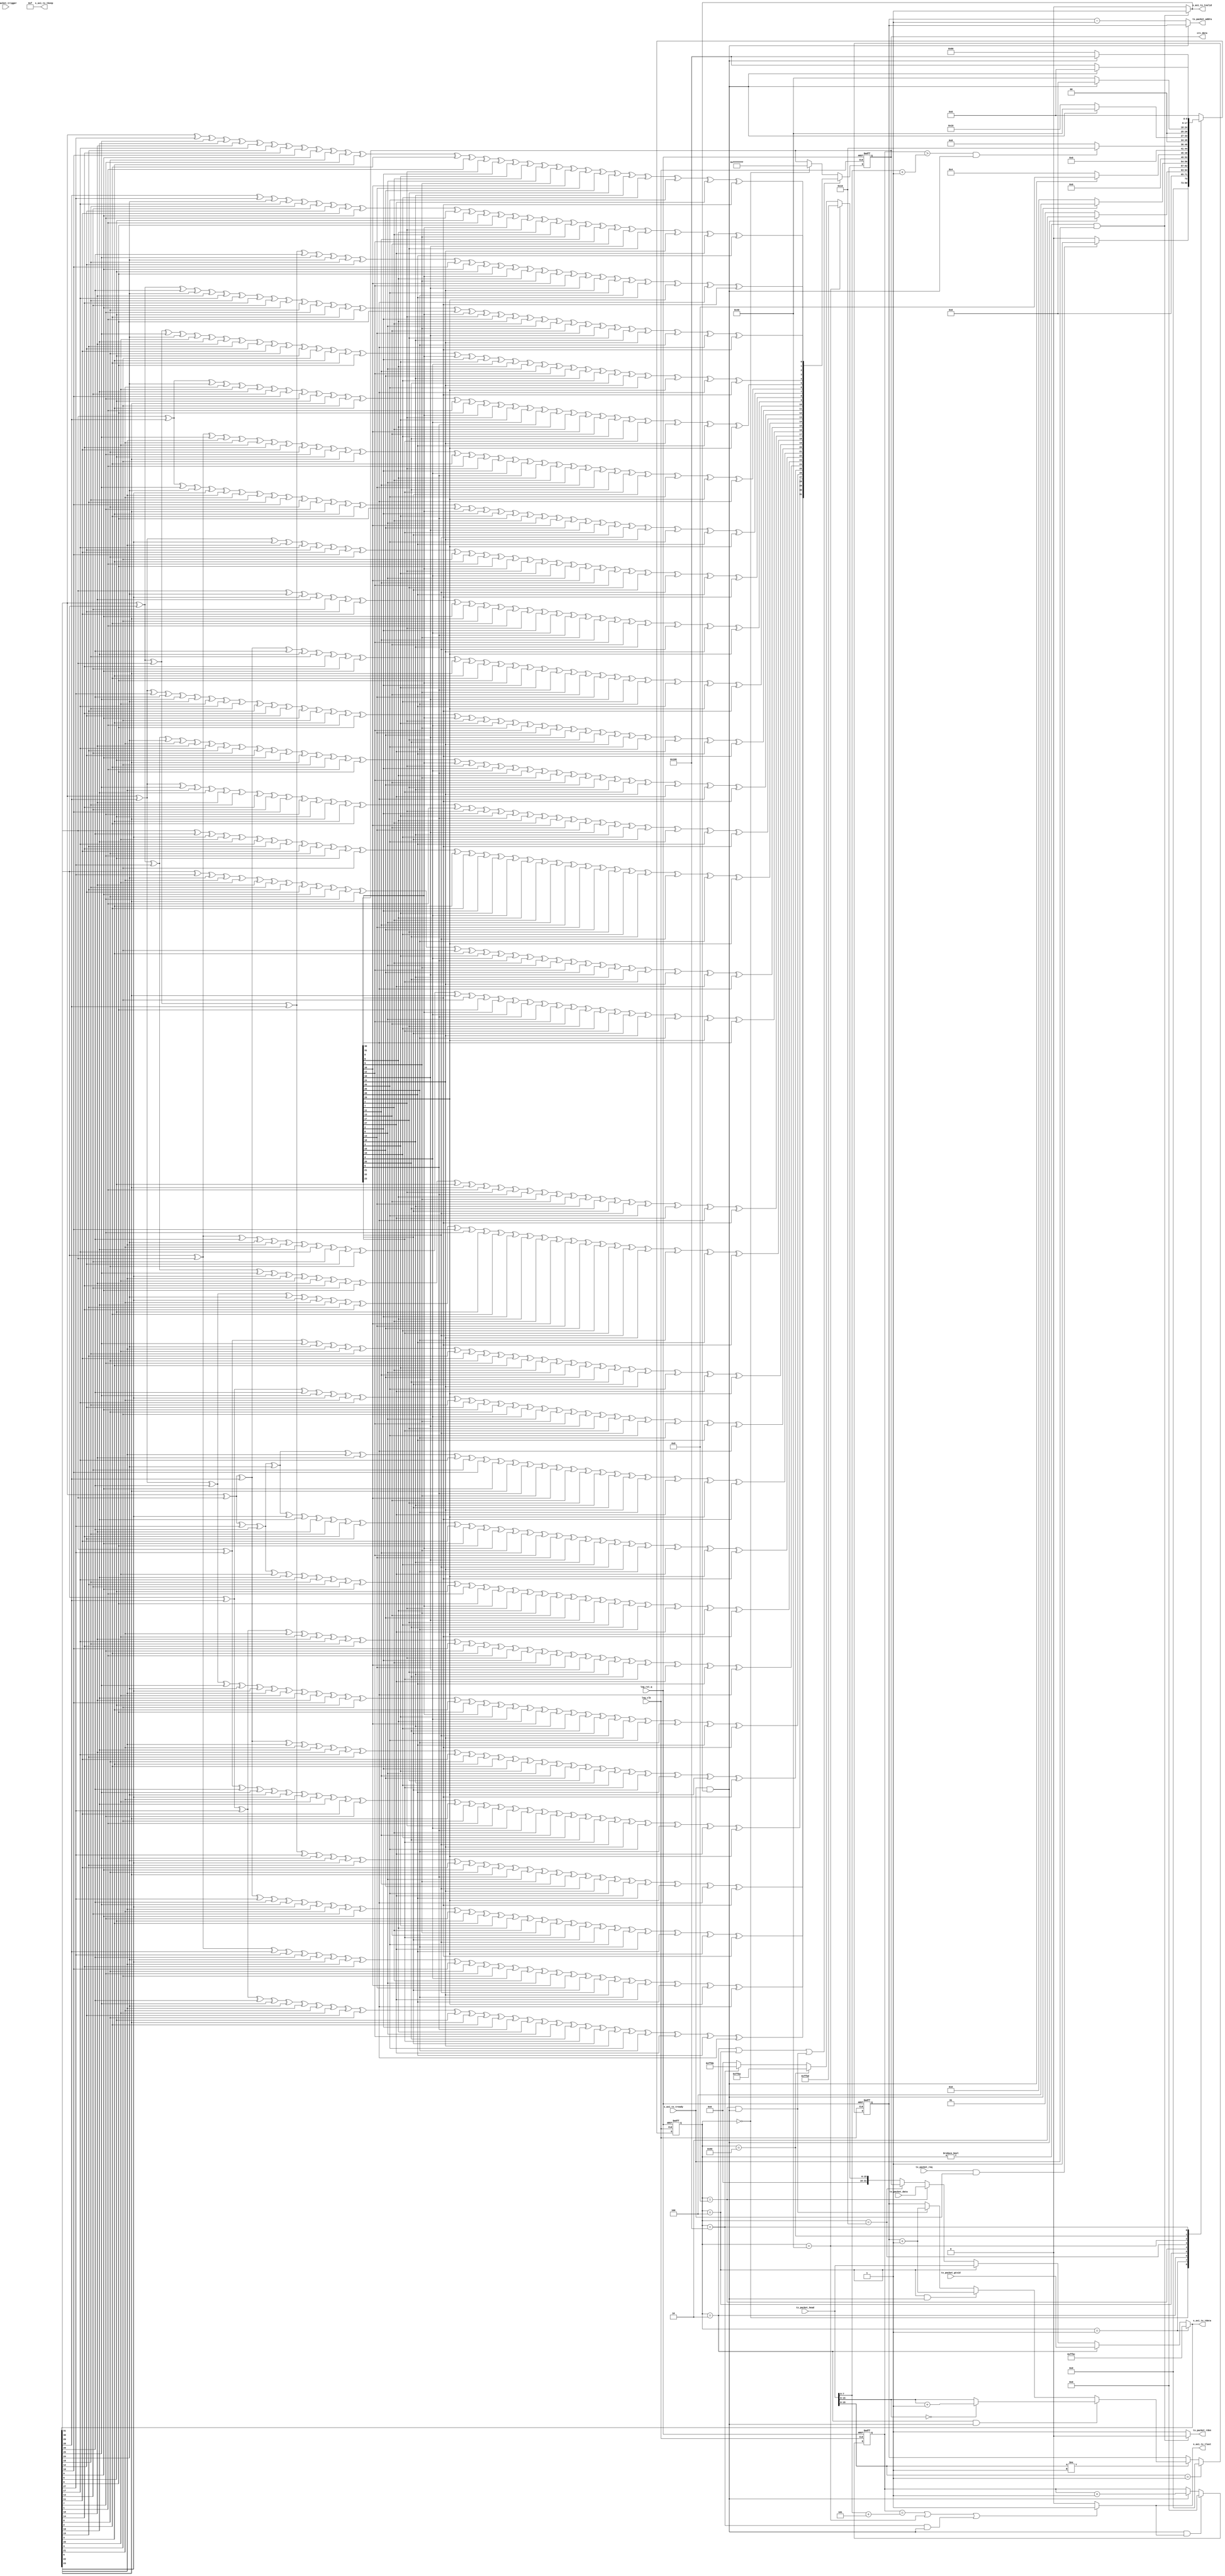
`timescale 1ns / 1ps
//////////////////////////////////////////////////////////////////////////////////
// Company: yg_st
// 
// Design Name: 
// Module Name: gtp_tx
// Project Name: 
// Target Devices: zynq_7030
// Tool Versions: v1.00
// Description: 
// 
// Dependencies: 
// 
// Revision:
// Revision 0.01 - File Created
// Additional Comments:
// 
//////////////////////////////////////////////////////////////////////////////////
module gtp_tx(
	(*keep = "true"*) input 	wire 			    log_rst_q 			,
	(*keep = "true"*) input	wire			      log_clk 			,		
	
	(*keep = "true"*) output 	reg [31:0]  	s_axi_tx_tdata		,
	(*keep = "true"*) output 	wire[3:0]   	s_axi_tx_tkeep		,
	(*keep = "true"*) output 	wire 			    s_axi_tx_tlast		,
	(*keep = "true"*) output 	wire 			    s_axi_tx_tvalid		,
	(*keep = "true"*) input 	wire 			    s_axi_tx_tready		,
	
	(*keep = "true"*) input   wire[31:0]     tx_packet_gtxid     ,
  (*keep = "true"*) input   wire[31:0]	   tx_packet_head      ,
	(*keep = "true"*) input   wire           tx_packet_req       ,
	(*keep = "true"*) input   wire           tx_packet_trigger   ,
	(*keep = "true"*) output  reg[31:0]      crc_data            ,

  (*keep = "true"*) output  wire[7:0]      tx_packet_addra     ,
  (*keep = "true"*) input   wire[31:0]     tx_packet_data      ,
  (*keep = "true"*) output  wire           tx_packet_rden      
);

//==========================================
//parameter defien
//==========================================
 assign s_axi_tx_tkeep = 4'hf;
 
 localparam IDLE             = 9'b000000000;
 localparam TX_HEAD          = 9'b000000001;
 localparam TX_GTXID         = 9'b000000010;
 localparam TX_LENGTH        = 9'b000000100;
 localparam TX_DATA          = 9'b000001000;
 //localparam  TX_CHECK_H      = 9'b000010000;
 //localparam  TX_CHECK_L      = 9'b000100000; 
 localparam  TX_CHECK        = 9'b000010000;
 localparam  TX_END          = 9'b001000000;
 localparam  TX_TRIGGER      = 9'b010000000;
 localparam  TX_TRIGGER_END  = 9'b100000000;
 
 reg[8:0] current_state;
 reg[8:0] next_state;

 wire ireq_advance_condition  = s_axi_tx_tready && s_axi_tx_tvalid;
 
 reg   [5:0] current_beat_cnt;
 
always @(posedge log_clk or posedge log_rst_q) begin
   if(log_rst_q) current_state <= IDLE;
   else current_state <= next_state;
end

always @(*)begin
  //next_state = IDLE;
  case(current_state)
     IDLE: 
       if(tx_packet_req && s_axi_tx_tready) next_state = TX_HEAD;
       //else if(tx_packet_trigger && s_axi_tx_tready) next_state =  TX_TRIGGER;
       else next_state = IDLE;
     TX_HEAD: 
       if(ireq_advance_condition) next_state = TX_GTXID;
       else next_state = TX_HEAD;
     TX_GTXID:  
       if(ireq_advance_condition) next_state = TX_LENGTH;
       else next_state = TX_GTXID;
     TX_LENGTH: 
       if(ireq_advance_condition) next_state = TX_DATA;
       else next_state = TX_LENGTH;
     TX_DATA: 
       if((current_beat_cnt > tx_packet_head[7:0]+1'b1)&&ireq_advance_condition) next_state = TX_CHECK;
       else next_state = TX_DATA;
     TX_CHECK: 
       if(ireq_advance_condition) next_state = TX_END;
       else next_state = TX_CHECK;
     /*TX_CHECK_L: 
       if(ireq_advance_condition) next_state = TX_END;
       else next_state = TX_CHECK_L;*/
     TX_END: 
       if(ireq_advance_condition) next_state = IDLE;
       else next_state = TX_END;
     TX_TRIGGER:
       if(ireq_advance_condition)  next_state = TX_TRIGGER_END;  
       else next_state = TX_TRIGGER;
     TX_TRIGGER_END:
       if(ireq_advance_condition) next_state = IDLE;
       else next_state = TX_TRIGGER_END;
     default: 
       next_state = IDLE;
  endcase
end

assign s_axi_tx_tvalid = ((current_state != IDLE)&& s_axi_tx_tready)?1'b1:1'b0;

assign tx_packet_rden = ((current_state != IDLE)&& s_axi_tx_tready)?1'b0:1'b1;

wire[5:0] tx_byte_cnt;

always @(posedge log_clk or posedge log_rst_q) begin
  if (log_rst_q) begin
    current_beat_cnt <= 6'h0;
  end else if (ireq_advance_condition && s_axi_tx_tlast) begin
    current_beat_cnt <= 6'h0;
  end else if (ireq_advance_condition) begin
    current_beat_cnt <= current_beat_cnt + 1'b1;
  end
end

assign tx_byte_cnt = (ireq_advance_condition)?(current_beat_cnt + 1'b1):current_beat_cnt;
  
assign  s_axi_tx_tlast = ((current_beat_cnt == (tx_packet_head[7:0]+3'd5))||(current_state == TX_END)||(current_state == TX_TRIGGER_END)&& ireq_advance_condition)?1'b1:1'b0;
    
    
always @(*) begin
   s_axi_tx_tdata = 16'h0000;
   if (current_state == TX_HEAD) begin
     s_axi_tx_tdata  = 16'hffbc;
   end else if(current_state == TX_GTXID) begin
     s_axi_tx_tdata  = tx_packet_gtxid;
   end else if(current_state == TX_LENGTH) begin
   	 s_axi_tx_tdata  = tx_packet_head;   	 
   end else if(current_state == TX_DATA) begin
   	 s_axi_tx_tdata  = tx_packet_data;    	 
   end else if(current_state == TX_CHECK) begin
   	 s_axi_tx_tdata  = crc_data;
   //end else if(current_state == TX_CHECK_L) begin
   //  s_axi_tx_tdata  <= crc_data[15:0];   	 
   end else if(current_state == TX_END) begin
   	 s_axi_tx_tdata  = 16'hffbd;
   end else if(current_state == TX_TRIGGER)	begin
     s_axi_tx_tdata  = 16'hffba;
   end else if(current_state == TX_TRIGGER_END)	begin
     s_axi_tx_tdata  = 16'hffbb;
   end  
end   

reg[7:0] tx_addr_temp;

always @(posedge log_clk or posedge log_rst_q) begin
  if(log_rst_q) begin
    tx_addr_temp <= 8'd0;
  end else if(tx_packet_head[15:0]==1) begin
    tx_addr_temp <= 8'd0;
  end else if(tx_packet_head[15:0]!=1) begin
    if((current_state == TX_GTXID)&&ireq_advance_condition)begin
       if(tx_packet_head[15:8]==0)tx_addr_temp <= tx_packet_head[15:8]+1'b1;
       else tx_addr_temp <= tx_packet_head[15:8];
    end   
    else if((current_state == TX_LENGTH)&&ireq_advance_condition) tx_addr_temp <= tx_addr_temp+1'b1;
    else if((current_state == TX_DATA)&&ireq_advance_condition) tx_addr_temp <= tx_addr_temp+1'b1;
  end
end


assign tx_packet_addra = (ireq_advance_condition)?tx_addr_temp:(tx_addr_temp-1'b1);


always @(posedge log_clk or posedge log_rst_q) begin
  if(log_rst_q)begin
    crc_data <= 32'hffffffff;
  end else begin
    if((current_state == TX_GTXID)||(current_state == TX_LENGTH)||(current_state == TX_DATA)&&ireq_advance_condition) crc_data <= nextCRC32_D32(s_axi_tx_tdata,crc_data);
    else if(current_state == IDLE) crc_data <= 32'hffffffff;
    else crc_data <= crc_data;
  end  
end  
    

 function [31:0] nextCRC32_D32;

    input [31:0] Data;
    input [31:0] crc;
    reg [31:0] d;
    reg [31:0] c;
    reg [31:0] newcrc;
  begin
    d = Data;
    c = crc;

    newcrc[0] = d[31] ^ d[30] ^ d[29] ^ d[28] ^ d[26] ^ d[25] ^ d[24] ^ d[16] ^ d[12] ^ d[10] ^ d[9] ^ d[6] ^ d[0] ^ c[0] ^ c[6] ^ c[9] ^ c[10] ^ c[12] ^ c[16] ^ c[24] ^ c[25] ^ c[26] ^ c[28] ^ c[29] ^ c[30] ^ c[31];
    newcrc[1] = d[28] ^ d[27] ^ d[24] ^ d[17] ^ d[16] ^ d[13] ^ d[12] ^ d[11] ^ d[9] ^ d[7] ^ d[6] ^ d[1] ^ d[0] ^ c[0] ^ c[1] ^ c[6] ^ c[7] ^ c[9] ^ c[11] ^ c[12] ^ c[13] ^ c[16] ^ c[17] ^ c[24] ^ c[27] ^ c[28];
    newcrc[2] = d[31] ^ d[30] ^ d[26] ^ d[24] ^ d[18] ^ d[17] ^ d[16] ^ d[14] ^ d[13] ^ d[9] ^ d[8] ^ d[7] ^ d[6] ^ d[2] ^ d[1] ^ d[0] ^ c[0] ^ c[1] ^ c[2] ^ c[6] ^ c[7] ^ c[8] ^ c[9] ^ c[13] ^ c[14] ^ c[16] ^ c[17] ^ c[18] ^ c[24] ^ c[26] ^ c[30] ^ c[31];
    newcrc[3] = d[31] ^ d[27] ^ d[25] ^ d[19] ^ d[18] ^ d[17] ^ d[15] ^ d[14] ^ d[10] ^ d[9] ^ d[8] ^ d[7] ^ d[3] ^ d[2] ^ d[1] ^ c[1] ^ c[2] ^ c[3] ^ c[7] ^ c[8] ^ c[9] ^ c[10] ^ c[14] ^ c[15] ^ c[17] ^ c[18] ^ c[19] ^ c[25] ^ c[27] ^ c[31];
    newcrc[4] = d[31] ^ d[30] ^ d[29] ^ d[25] ^ d[24] ^ d[20] ^ d[19] ^ d[18] ^ d[15] ^ d[12] ^ d[11] ^ d[8] ^ d[6] ^ d[4] ^ d[3] ^ d[2] ^ d[0] ^ c[0] ^ c[2] ^ c[3] ^ c[4] ^ c[6] ^ c[8] ^ c[11] ^ c[12] ^ c[15] ^ c[18] ^ c[19] ^ c[20] ^ c[24] ^ c[25] ^ c[29] ^ c[30] ^ c[31];
    newcrc[5] = d[29] ^ d[28] ^ d[24] ^ d[21] ^ d[20] ^ d[19] ^ d[13] ^ d[10] ^ d[7] ^ d[6] ^ d[5] ^ d[4] ^ d[3] ^ d[1] ^ d[0] ^ c[0] ^ c[1] ^ c[3] ^ c[4] ^ c[5] ^ c[6] ^ c[7] ^ c[10] ^ c[13] ^ c[19] ^ c[20] ^ c[21] ^ c[24] ^ c[28] ^ c[29];
    newcrc[6] = d[30] ^ d[29] ^ d[25] ^ d[22] ^ d[21] ^ d[20] ^ d[14] ^ d[11] ^ d[8] ^ d[7] ^ d[6] ^ d[5] ^ d[4] ^ d[2] ^ d[1] ^ c[1] ^ c[2] ^ c[4] ^ c[5] ^ c[6] ^ c[7] ^ c[8] ^ c[11] ^ c[14] ^ c[20] ^ c[21] ^ c[22] ^ c[25] ^ c[29] ^ c[30];
    newcrc[7] = d[29] ^ d[28] ^ d[25] ^ d[24] ^ d[23] ^ d[22] ^ d[21] ^ d[16] ^ d[15] ^ d[10] ^ d[8] ^ d[7] ^ d[5] ^ d[3] ^ d[2] ^ d[0] ^ c[0] ^ c[2] ^ c[3] ^ c[5] ^ c[7] ^ c[8] ^ c[10] ^ c[15] ^ c[16] ^ c[21] ^ c[22] ^ c[23] ^ c[24] ^ c[25] ^ c[28] ^ c[29];
    newcrc[8] = d[31] ^ d[28] ^ d[23] ^ d[22] ^ d[17] ^ d[12] ^ d[11] ^ d[10] ^ d[8] ^ d[4] ^ d[3] ^ d[1] ^ d[0] ^ c[0] ^ c[1] ^ c[3] ^ c[4] ^ c[8] ^ c[10] ^ c[11] ^ c[12] ^ c[17] ^ c[22] ^ c[23] ^ c[28] ^ c[31];
    newcrc[9] = d[29] ^ d[24] ^ d[23] ^ d[18] ^ d[13] ^ d[12] ^ d[11] ^ d[9] ^ d[5] ^ d[4] ^ d[2] ^ d[1] ^ c[1] ^ c[2] ^ c[4] ^ c[5] ^ c[9] ^ c[11] ^ c[12] ^ c[13] ^ c[18] ^ c[23] ^ c[24] ^ c[29];
    newcrc[10] = d[31] ^ d[29] ^ d[28] ^ d[26] ^ d[19] ^ d[16] ^ d[14] ^ d[13] ^ d[9] ^ d[5] ^ d[3] ^ d[2] ^ d[0] ^ c[0] ^ c[2] ^ c[3] ^ c[5] ^ c[9] ^ c[13] ^ c[14] ^ c[16] ^ c[19] ^ c[26] ^ c[28] ^ c[29] ^ c[31];
    newcrc[11] = d[31] ^ d[28] ^ d[27] ^ d[26] ^ d[25] ^ d[24] ^ d[20] ^ d[17] ^ d[16] ^ d[15] ^ d[14] ^ d[12] ^ d[9] ^ d[4] ^ d[3] ^ d[1] ^ d[0] ^ c[0] ^ c[1] ^ c[3] ^ c[4] ^ c[9] ^ c[12] ^ c[14] ^ c[15] ^ c[16] ^ c[17] ^ c[20] ^ c[24] ^ c[25] ^ c[26] ^ c[27] ^ c[28] ^ c[31];
    newcrc[12] = d[31] ^ d[30] ^ d[27] ^ d[24] ^ d[21] ^ d[18] ^ d[17] ^ d[15] ^ d[13] ^ d[12] ^ d[9] ^ d[6] ^ d[5] ^ d[4] ^ d[2] ^ d[1] ^ d[0] ^ c[0] ^ c[1] ^ c[2] ^ c[4] ^ c[5] ^ c[6] ^ c[9] ^ c[12] ^ c[13] ^ c[15] ^ c[17] ^ c[18] ^ c[21] ^ c[24] ^ c[27] ^ c[30] ^ c[31];
    newcrc[13] = d[31] ^ d[28] ^ d[25] ^ d[22] ^ d[19] ^ d[18] ^ d[16] ^ d[14] ^ d[13] ^ d[10] ^ d[7] ^ d[6] ^ d[5] ^ d[3] ^ d[2] ^ d[1] ^ c[1] ^ c[2] ^ c[3] ^ c[5] ^ c[6] ^ c[7] ^ c[10] ^ c[13] ^ c[14] ^ c[16] ^ c[18] ^ c[19] ^ c[22] ^ c[25] ^ c[28] ^ c[31];
    newcrc[14] = d[29] ^ d[26] ^ d[23] ^ d[20] ^ d[19] ^ d[17] ^ d[15] ^ d[14] ^ d[11] ^ d[8] ^ d[7] ^ d[6] ^ d[4] ^ d[3] ^ d[2] ^ c[2] ^ c[3] ^ c[4] ^ c[6] ^ c[7] ^ c[8] ^ c[11] ^ c[14] ^ c[15] ^ c[17] ^ c[19] ^ c[20] ^ c[23] ^ c[26] ^ c[29];
    newcrc[15] = d[30] ^ d[27] ^ d[24] ^ d[21] ^ d[20] ^ d[18] ^ d[16] ^ d[15] ^ d[12] ^ d[9] ^ d[8] ^ d[7] ^ d[5] ^ d[4] ^ d[3] ^ c[3] ^ c[4] ^ c[5] ^ c[7] ^ c[8] ^ c[9] ^ c[12] ^ c[15] ^ c[16] ^ c[18] ^ c[20] ^ c[21] ^ c[24] ^ c[27] ^ c[30];
    newcrc[16] = d[30] ^ d[29] ^ d[26] ^ d[24] ^ d[22] ^ d[21] ^ d[19] ^ d[17] ^ d[13] ^ d[12] ^ d[8] ^ d[5] ^ d[4] ^ d[0] ^ c[0] ^ c[4] ^ c[5] ^ c[8] ^ c[12] ^ c[13] ^ c[17] ^ c[19] ^ c[21] ^ c[22] ^ c[24] ^ c[26] ^ c[29] ^ c[30];
    newcrc[17] = d[31] ^ d[30] ^ d[27] ^ d[25] ^ d[23] ^ d[22] ^ d[20] ^ d[18] ^ d[14] ^ d[13] ^ d[9] ^ d[6] ^ d[5] ^ d[1] ^ c[1] ^ c[5] ^ c[6] ^ c[9] ^ c[13] ^ c[14] ^ c[18] ^ c[20] ^ c[22] ^ c[23] ^ c[25] ^ c[27] ^ c[30] ^ c[31];
    newcrc[18] = d[31] ^ d[28] ^ d[26] ^ d[24] ^ d[23] ^ d[21] ^ d[19] ^ d[15] ^ d[14] ^ d[10] ^ d[7] ^ d[6] ^ d[2] ^ c[2] ^ c[6] ^ c[7] ^ c[10] ^ c[14] ^ c[15] ^ c[19] ^ c[21] ^ c[23] ^ c[24] ^ c[26] ^ c[28] ^ c[31];
    newcrc[19] = d[29] ^ d[27] ^ d[25] ^ d[24] ^ d[22] ^ d[20] ^ d[16] ^ d[15] ^ d[11] ^ d[8] ^ d[7] ^ d[3] ^ c[3] ^ c[7] ^ c[8] ^ c[11] ^ c[15] ^ c[16] ^ c[20] ^ c[22] ^ c[24] ^ c[25] ^ c[27] ^ c[29];
    newcrc[20] = d[30] ^ d[28] ^ d[26] ^ d[25] ^ d[23] ^ d[21] ^ d[17] ^ d[16] ^ d[12] ^ d[9] ^ d[8] ^ d[4] ^ c[4] ^ c[8] ^ c[9] ^ c[12] ^ c[16] ^ c[17] ^ c[21] ^ c[23] ^ c[25] ^ c[26] ^ c[28] ^ c[30];
    newcrc[21] = d[31] ^ d[29] ^ d[27] ^ d[26] ^ d[24] ^ d[22] ^ d[18] ^ d[17] ^ d[13] ^ d[10] ^ d[9] ^ d[5] ^ c[5] ^ c[9] ^ c[10] ^ c[13] ^ c[17] ^ c[18] ^ c[22] ^ c[24] ^ c[26] ^ c[27] ^ c[29] ^ c[31];
    newcrc[22] = d[31] ^ d[29] ^ d[27] ^ d[26] ^ d[24] ^ d[23] ^ d[19] ^ d[18] ^ d[16] ^ d[14] ^ d[12] ^ d[11] ^ d[9] ^ d[0] ^ c[0] ^ c[9] ^ c[11] ^ c[12] ^ c[14] ^ c[16] ^ c[18] ^ c[19] ^ c[23] ^ c[24] ^ c[26] ^ c[27] ^ c[29] ^ c[31];
    newcrc[23] = d[31] ^ d[29] ^ d[27] ^ d[26] ^ d[20] ^ d[19] ^ d[17] ^ d[16] ^ d[15] ^ d[13] ^ d[9] ^ d[6] ^ d[1] ^ d[0] ^ c[0] ^ c[1] ^ c[6] ^ c[9] ^ c[13] ^ c[15] ^ c[16] ^ c[17] ^ c[19] ^ c[20] ^ c[26] ^ c[27] ^ c[29] ^ c[31];
    newcrc[24] = d[30] ^ d[28] ^ d[27] ^ d[21] ^ d[20] ^ d[18] ^ d[17] ^ d[16] ^ d[14] ^ d[10] ^ d[7] ^ d[2] ^ d[1] ^ c[1] ^ c[2] ^ c[7] ^ c[10] ^ c[14] ^ c[16] ^ c[17] ^ c[18] ^ c[20] ^ c[21] ^ c[27] ^ c[28] ^ c[30];
    newcrc[25] = d[31] ^ d[29] ^ d[28] ^ d[22] ^ d[21] ^ d[19] ^ d[18] ^ d[17] ^ d[15] ^ d[11] ^ d[8] ^ d[3] ^ d[2] ^ c[2] ^ c[3] ^ c[8] ^ c[11] ^ c[15] ^ c[17] ^ c[18] ^ c[19] ^ c[21] ^ c[22] ^ c[28] ^ c[29] ^ c[31];
    newcrc[26] = d[31] ^ d[28] ^ d[26] ^ d[25] ^ d[24] ^ d[23] ^ d[22] ^ d[20] ^ d[19] ^ d[18] ^ d[10] ^ d[6] ^ d[4] ^ d[3] ^ d[0] ^ c[0] ^ c[3] ^ c[4] ^ c[6] ^ c[10] ^ c[18] ^ c[19] ^ c[20] ^ c[22] ^ c[23] ^ c[24] ^ c[25] ^ c[26] ^ c[28] ^ c[31];
    newcrc[27] = d[29] ^ d[27] ^ d[26] ^ d[25] ^ d[24] ^ d[23] ^ d[21] ^ d[20] ^ d[19] ^ d[11] ^ d[7] ^ d[5] ^ d[4] ^ d[1] ^ c[1] ^ c[4] ^ c[5] ^ c[7] ^ c[11] ^ c[19] ^ c[20] ^ c[21] ^ c[23] ^ c[24] ^ c[25] ^ c[26] ^ c[27] ^ c[29];
    newcrc[28] = d[30] ^ d[28] ^ d[27] ^ d[26] ^ d[25] ^ d[24] ^ d[22] ^ d[21] ^ d[20] ^ d[12] ^ d[8] ^ d[6] ^ d[5] ^ d[2] ^ c[2] ^ c[5] ^ c[6] ^ c[8] ^ c[12] ^ c[20] ^ c[21] ^ c[22] ^ c[24] ^ c[25] ^ c[26] ^ c[27] ^ c[28] ^ c[30];
    newcrc[29] = d[31] ^ d[29] ^ d[28] ^ d[27] ^ d[26] ^ d[25] ^ d[23] ^ d[22] ^ d[21] ^ d[13] ^ d[9] ^ d[7] ^ d[6] ^ d[3] ^ c[3] ^ c[6] ^ c[7] ^ c[9] ^ c[13] ^ c[21] ^ c[22] ^ c[23] ^ c[25] ^ c[26] ^ c[27] ^ c[28] ^ c[29] ^ c[31];
    newcrc[30] = d[30] ^ d[29] ^ d[28] ^ d[27] ^ d[26] ^ d[24] ^ d[23] ^ d[22] ^ d[14] ^ d[10] ^ d[8] ^ d[7] ^ d[4] ^ c[4] ^ c[7] ^ c[8] ^ c[10] ^ c[14] ^ c[22] ^ c[23] ^ c[24] ^ c[26] ^ c[27] ^ c[28] ^ c[29] ^ c[30];
    newcrc[31] = d[31] ^ d[30] ^ d[29] ^ d[28] ^ d[27] ^ d[25] ^ d[24] ^ d[23] ^ d[15] ^ d[11] ^ d[9] ^ d[8] ^ d[5] ^ c[5] ^ c[8] ^ c[9] ^ c[11] ^ c[15] ^ c[23] ^ c[24] ^ c[25] ^ c[27] ^ c[28] ^ c[29] ^ c[30] ^ c[31];
    nextCRC32_D32 = newcrc;
  end
  endfunction
  
/*
ila_2 ila_2_inst (
  .clk                      (log_clk           ), // input wire clk                 
                  
  .probe0                   (s_axi_tx_tdata         ), 
  .probe1                   (s_axi_tx_tvalid        ), 
  .probe2                   (s_axi_tx_tlast        ),
  .probe3                   (s_axi_tx_tready),
  .probe4                   (current_state),
  .probe5                   (tx_packet_addra),
  .probe6                   (current_beat_cnt)
); */

endmodule